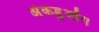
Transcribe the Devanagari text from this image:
अंकडुओंग